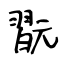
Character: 翫